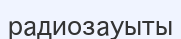
радиозауыты